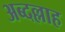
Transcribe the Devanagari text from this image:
अब्दल्लाह